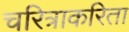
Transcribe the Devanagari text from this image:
चरित्राकरिता